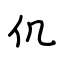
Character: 仉